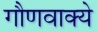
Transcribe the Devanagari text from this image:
गौणवाक्ये